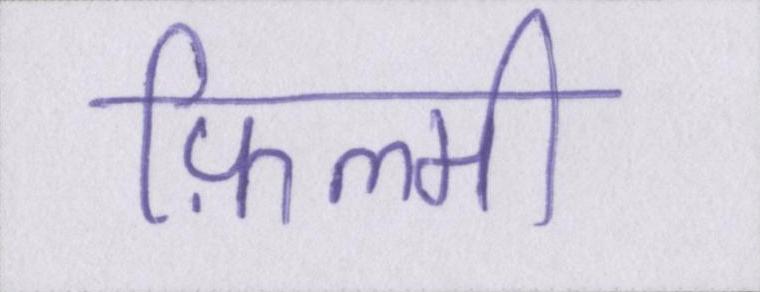
फ़िल्मी